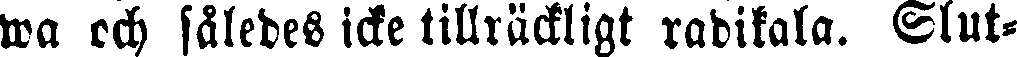
wa och således icke tillräckligt radikala. Slut-